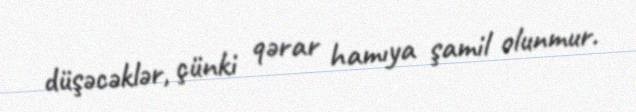
düşəcəklər, çünki qərar hamıya şamil olunmur.